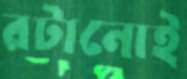
রটানোই